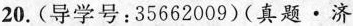
20.(导学号：35662009)(真题·济